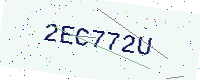
Text: 2EC772U